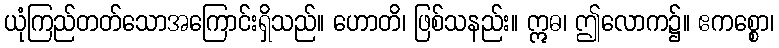
ယုံကြည်တတ်သောအကြောင်းရှိသည်။ ဟောတိ၊ ဖြစ်သနည်း။ ဣဓ၊ ဤလောက၌။ ဧကစ္စော၊